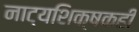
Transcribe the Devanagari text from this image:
नाट्यशिक्षकही